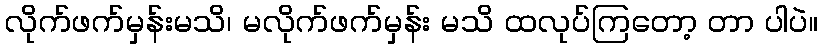
လိုက်ဖက်မှန်းမသိ၊ မလိုက်ဖက်မှန်း မသိ ထလုပ်ကြတော့ တာ ပါပဲ။